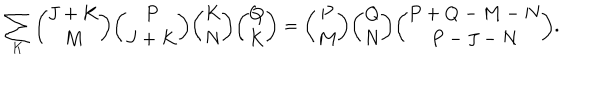
\sum _ { K } { \binom { J + K } { M } } { \binom { P } { J + K } } { \binom { K } { N } } { \binom { Q } { K } } = { \binom { P } { M } } { \binom { Q } { N } } { \binom { P + Q - M - N } { P - J - N } } .